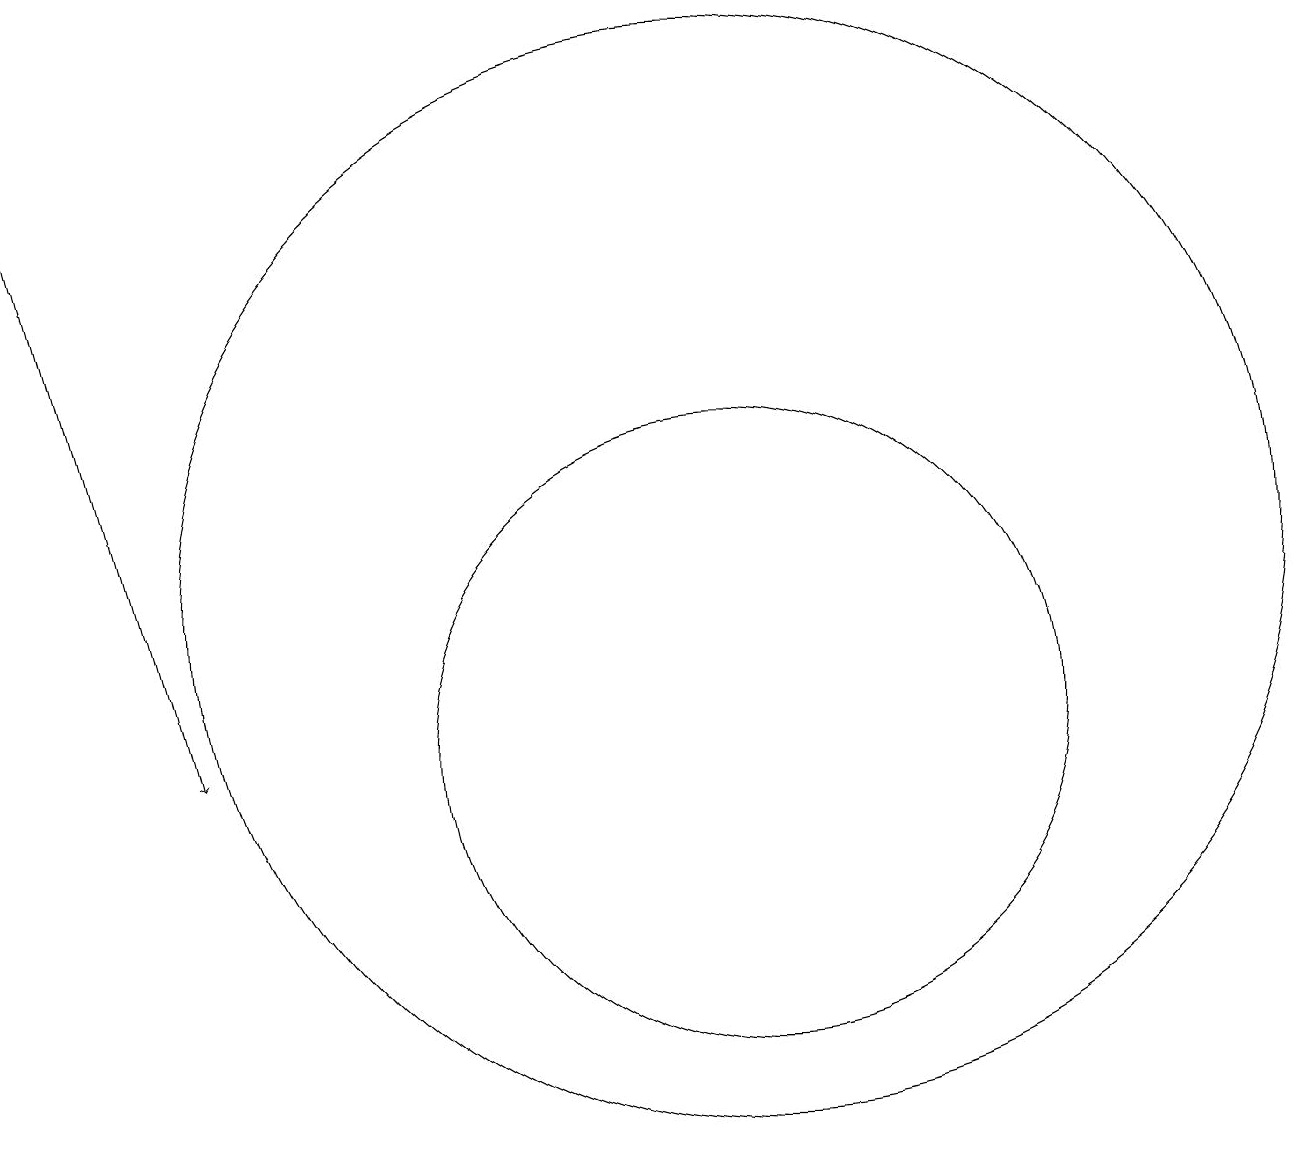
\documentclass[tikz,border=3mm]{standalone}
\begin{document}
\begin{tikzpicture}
\draw (10,12) circle (7);
\draw[->] (1,18) -- (3,10);
\draw (10,10) circle (4);
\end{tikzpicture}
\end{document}